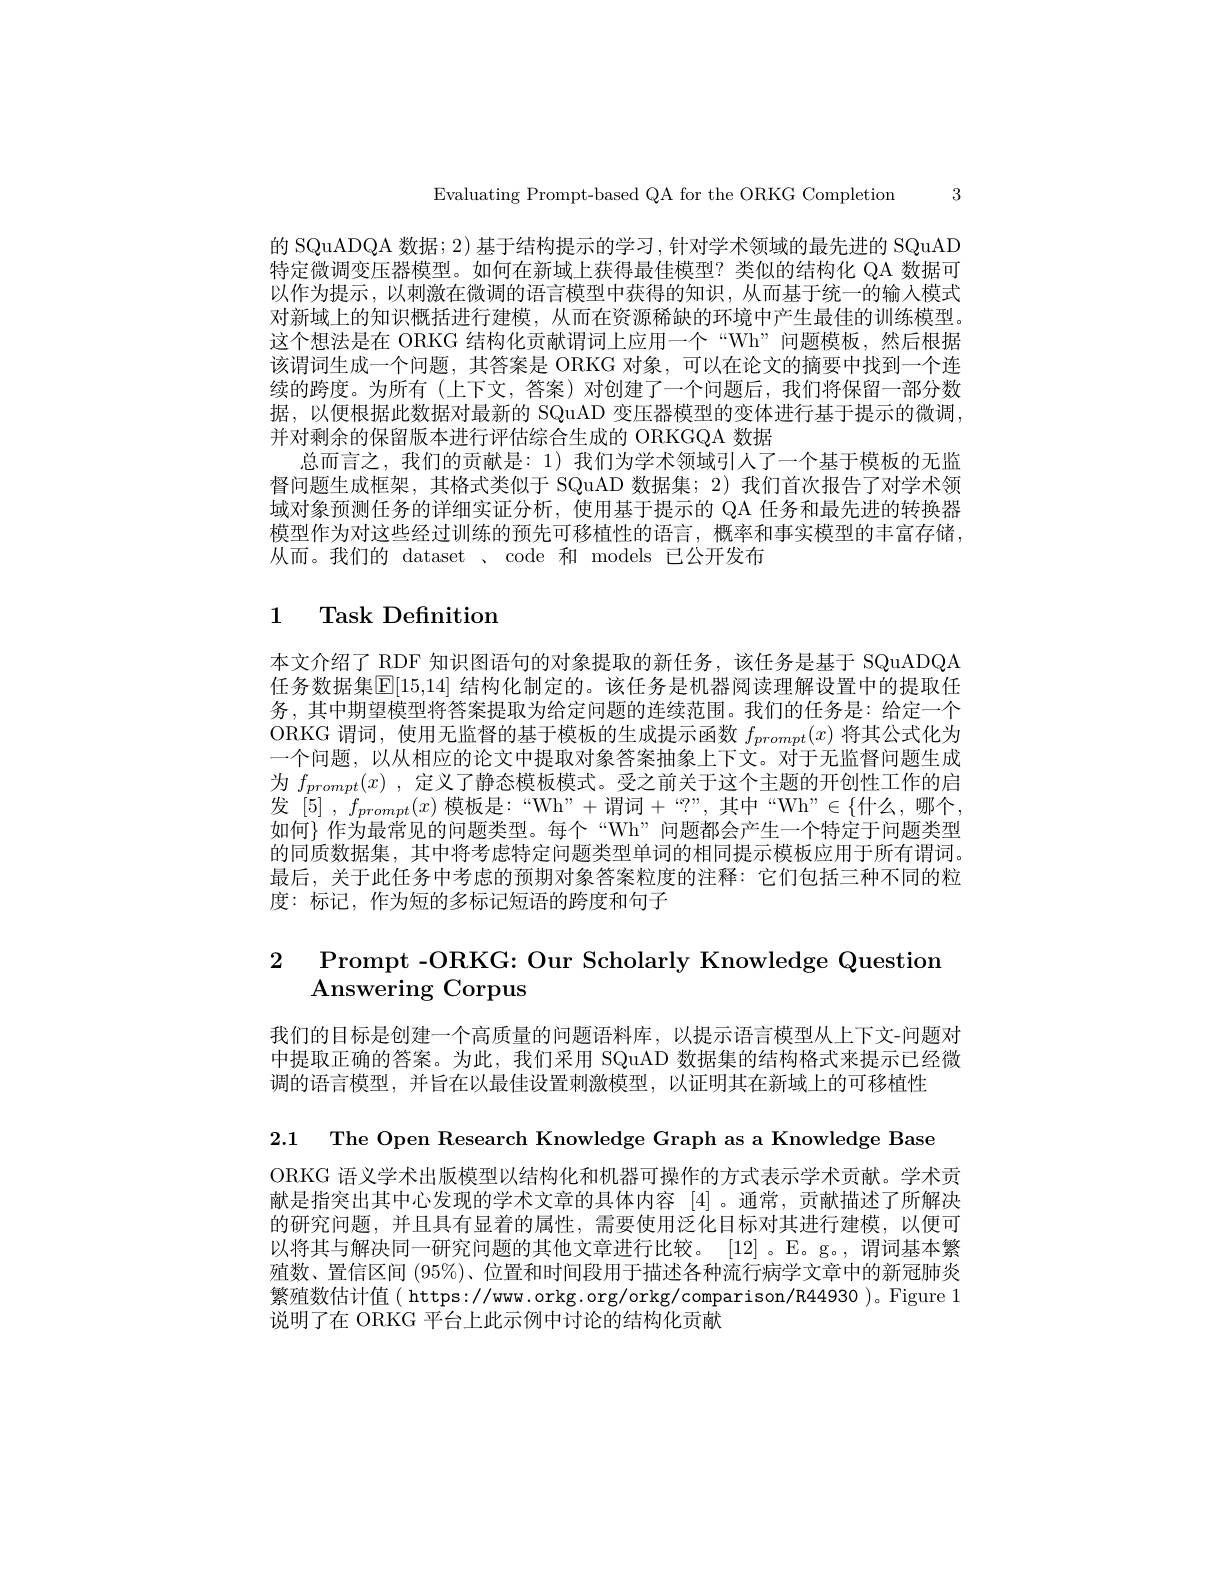
Evaluating Prompt-based QA for the ORKG Completion 3

的 SQuADQA 数据；2) 基于结构提示的学习，针对学术领域的最先进的 SQuAD 特定微调变压器模型。如何在新域上获得最佳模型？类似的结构化 QA 数据可以作为提示，以刺激在微调的语言模型中获得的知识，从而基于统一的输入模式对新域上的知识概括进行建模，从而在资源稀缺的环境中产生最佳的训练模型。这个想法是在 ORKG 结构化贡献谓词上应用一个“Wh”问题模板，然后根据该谓词生成一个问题，其答案是 ORKG 对象，可以在论文的摘要中找到一个连续的跨度。为所有(上下文，答案)对创建了一个问题后，我们将保留一部分数据，以便根据此数据对最新的 SQuAD 变压器模型的变体进行基于提示的微调， 并对剩余的保留版本进行评估综合生成的 ORKGQA 数据
总而言之，我们的贡献是：1)我们为学术领域引人了一个基于模板的无监督问题生成框架，其格式类似于 SQuAD 数据集；2) 我们首次报告了对学术领域对象预测任务的详细实证分析，使用基于提示的 QA 任务和最先进的转换器模型作为对这些经过训练的预先可移植性的语言，概率和事实模型的丰富存储， 从而。我们的 dataset 、code 和 models 已公开发布

# 1 Task Definition

本文介绍了 RDF 知识图语句的对象提取的新任务，该任务是基于 SQuADQA 任务数据集[E[15,14] 结构化制定的。该任务是机器阅读理解设置中的提取任务 , 其中期望模型将答案提取为给定问题的连续范围。我们的任务是：给定一个ORKG 谓词，使用无监督的基于模板的生成提示函数$f_{prompt}(x)$将其公式化为一个问题，以从相应的论文中提取对象答案抽象上下文。对于无监督问题生成为$f_{prompt}(x)$,定义了静态模板模式。受之前关于这个主题的开创性工作的启发[5] , $f_{prompt}( x)$ 模板是：“Wh”+谓词+?”,其中“Wh”$\in\{$什么，哪个， 如何$\} 作为最常见的问题类型。每个“Wh”问题都会产生一个特定于问题类型$ 的同质数据集，其中将考虑特定问题类型单词的相同提示模板应用于所有谓词。最后，关于此任务中考虑的预期对象答案粒度的注释：它们包括三种不同的粒度：标记，作为短的多标记短语的跨度和句子

2 Prompt -ORKG: Our Scholarly Knowledge Question
# Answering Corpus

我们的目标是创建一个高质量的问题语料库，以提示语言模型从上下文-问题对中提取正确的答案。为此，我们采用 SQuAD 数据集的结构格式来提示已经微调的语言模型，并旨在以最佳设置刺激模型，以证明其在新域上的可移植性

2.1 The Open Research Knowledge Graph as a Knowledge Base

ORKG 语义学术出版模型以结构化和机器可操作的方式表示学术贡献。学术贡献是指突出其中心发现的学术文章的具体内容[4]。通常，贡献描述了所解决的研究问题，并且具有显着的属性，需要使用泛化目标对其进行建模，以便可以将其与解决同一研究问题的其他文章进行比较。[12] 。E。g。, 谓词基本繁殖数、置信区间 (95%)、位置和时间段用于描述各种流行病学文章中的新冠肺炎繁殖数估计值( https://ww.orkg.org/orkg/comparison/R44930)。Figure 1说明了在 ORKG 平台上此示例中讨论的结构化贡献